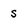
Character: s